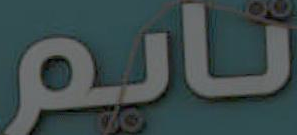
نايم